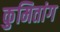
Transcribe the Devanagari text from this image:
कुमितांग